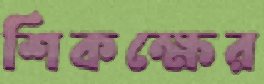
শিকক্ষের